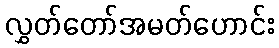
လွှတ်တော်အမတ်ဟောင်း